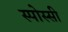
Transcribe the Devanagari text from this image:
स्पोस्सी